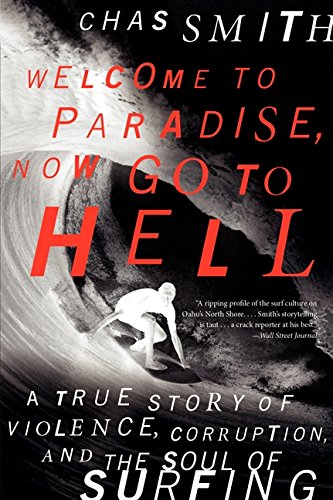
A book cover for Welcome to Paradise, Now Go to Hell: A True Story of Violence, Corruption, and the Soul of Surfing; Chas Smith; Sports & Outdoors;